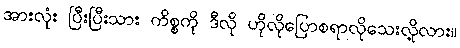
အားလုံး ပြီးပြီးသား ကိစ္စကို ဒီလို ဟိုလိုပြောစရာလိုသေးလို့လား။